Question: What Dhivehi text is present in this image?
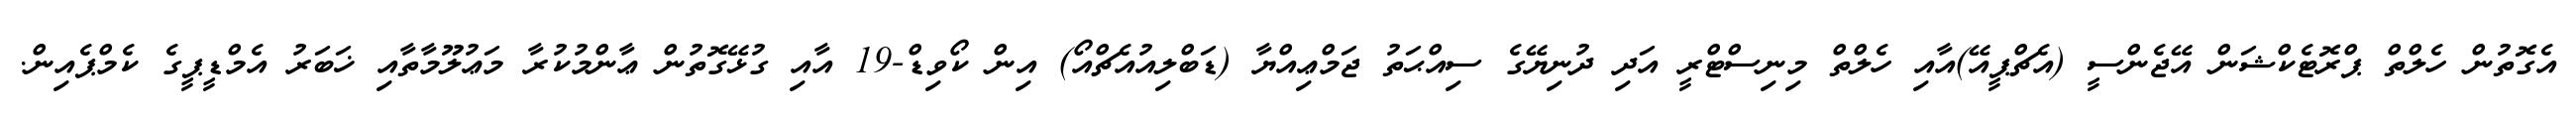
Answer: އެގޮތުން ހެލްތް ޕްރޮޓެކްޝަން އޭޖެންސީ (އެޗްޕީއޭ)އާއި ހެލްތް މިނިސްޓްރީ އަދި ދުނިޔޭގެ ސިއްޙަތު ޖަމްޢިއްޔާ (ޑަބްލިއުއެޗްއޯ) އިން ކޯވިޑް-19 އާއި ގުޅޭގޮތުން ޢާންމުކުރާ މަޢުލޫމާތާއި ޚަބަރު އެމްޑީޕީގެ ކެމްޕެއިން.